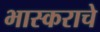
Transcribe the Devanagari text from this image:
भास्कराचे